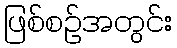
ဖြစ်စဉ်အတွင်း